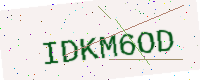
Text: IDKM6OD